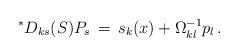
\begin{align*}{}^\ast D_{ks}(S)P_s \,=\, {s}_k (x) +\Omega^{-1}_{kl} p_{l} \,.\end{align*}